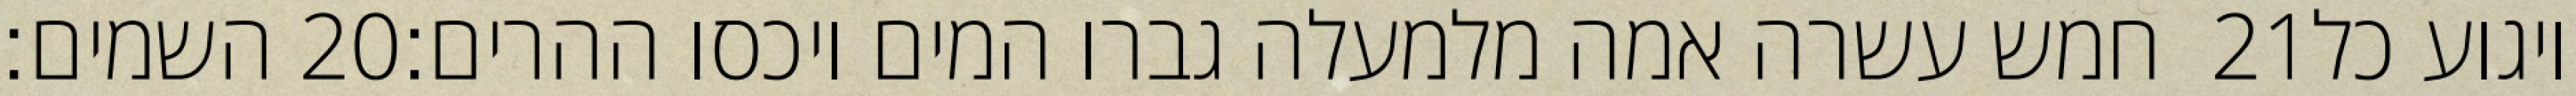
השמים׃ ‎20‏ חמש עשרה אמה מלמעלה גברו המים ויכסו ההרים׃ ‎21‏ ויגוע כל